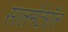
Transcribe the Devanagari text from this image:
सालमेटेरॉल